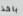
باخذ